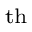
^ \mathrm { t h }